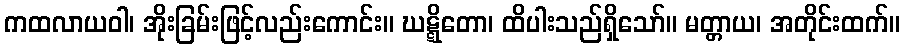
ကထလာယဝါ၊ အိုးခြမ်းဖြင့်လည်းကောင်း။ ဃဋ္ဋိတော၊ ထိပါးသည်ရှိသော်။ မတ္တာယ၊ အတိုင်းထက်။